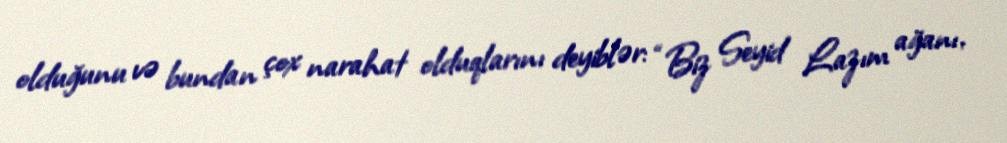
olduğunu və bundan çox narahat olduqlarını deyiblər: “Biz Seyid Lazım ağanı,